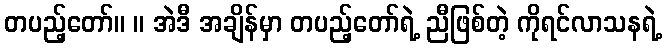
တပည့်တော်။ ။ အဲဒီ အချိန်မှာ တပည့်တော်ရဲ့ ညီဖြစ်တဲ့ ကိုရင်လာသနရဲ့